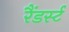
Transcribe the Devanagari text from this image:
रैंडर्स्ट